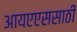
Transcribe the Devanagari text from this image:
आयएएससाठी